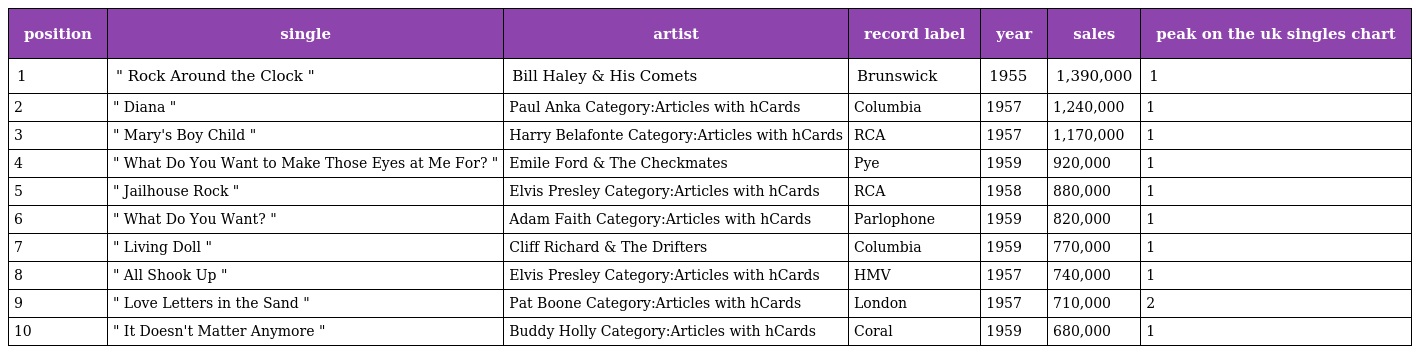
| position | single | artist | record label | year | sales | peak on the uk singles chart |
 | --- | --- | --- | --- | --- | --- | --- |
 | 1 | " Rock Around the Clock " | Bill Haley & His Comets | Brunswick | 1955 | 1,390,000 | 1 |
 | 2 | " Diana " | Paul Anka Category:Articles with hCards | Columbia | 1957 | 1,240,000 | 1 |
 | 3 | " Mary's Boy Child " | Harry Belafonte Category:Articles with hCards | RCA | 1957 | 1,170,000 | 1 |
 | 4 | " What Do You Want to Make Those Eyes at Me For? " | Emile Ford & The Checkmates | Pye | 1959 | 920,000 | 1 |
 | 5 | " Jailhouse Rock " | Elvis Presley Category:Articles with hCards | RCA | 1958 | 880,000 | 1 |
 | 6 | " What Do You Want? " | Adam Faith Category:Articles with hCards | Parlophone | 1959 | 820,000 | 1 |
 | 7 | " Living Doll " | Cliff Richard & The Drifters | Columbia | 1959 | 770,000 | 1 |
 | 8 | " All Shook Up " | Elvis Presley Category:Articles with hCards | HMV | 1957 | 740,000 | 1 |
 | 9 | " Love Letters in the Sand " | Pat Boone Category:Articles with hCards | London | 1957 | 710,000 | 2 |
 | 10 | " It Doesn't Matter Anymore " | Buddy Holly Category:Articles with hCards | Coral | 1959 | 680,000 | 1 |